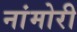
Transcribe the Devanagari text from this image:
नांमोरी